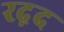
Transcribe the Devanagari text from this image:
रद़द